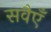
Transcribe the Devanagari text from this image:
सवैएँ